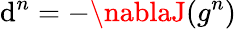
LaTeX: \mathrm{d}^{n}=-\nablaJ(g^{n})